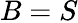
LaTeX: B=S